Report on vaccination in Madras 1895-1903 - 1895-1903
Year: 1895
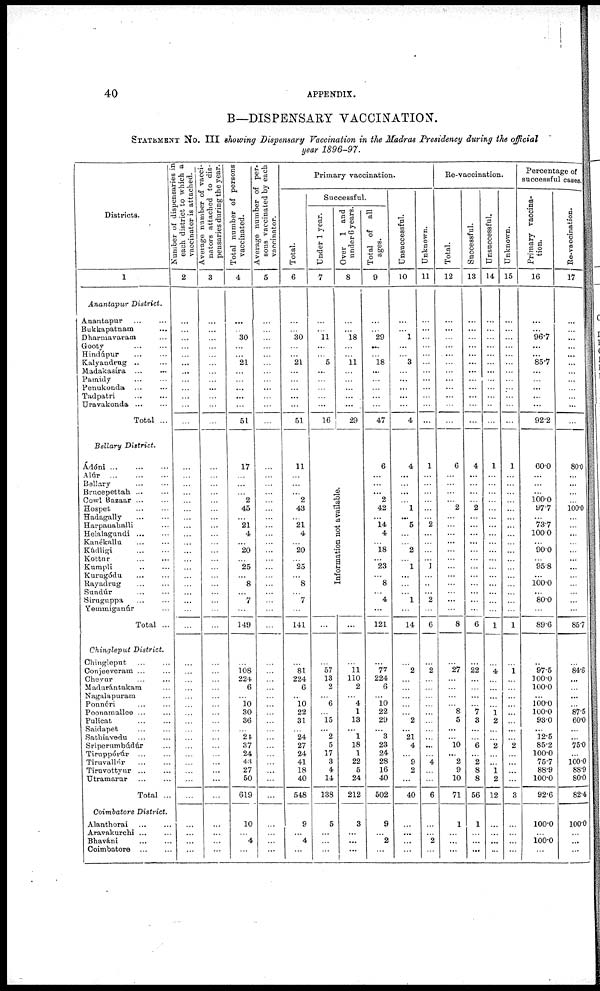
40
APPENDIX.
B—DISPENSARY VACCINATION.
STATEMENT No. III showing Dispensary Vaccination in the Madras Presidency during the official
year 1896-97.
Districts.
1
Anantapur District.
Anantapur ... ...
Bukkapatnam ...
Dharmavaram ...
Gooty ... ...
Hindúpur
...
...
Kalyandrug ... ...
Madakasía
...
...
Pamidy ... ...
Penukonda ... ...
Tadpatri
...
...
Uravakonda ... ...
Total ...
Bellary District.
Ádóni ... ... ...
Alúr
...
...
...
Bellary ... ...
Brucepettah ... ...
Cowl Bazaar ... ...
Hospet
...
...
Hadagally
...
...
Harpanahalli ...
Helalagundi ... ...
Kanékallu
...
...
Kùdligi
...
...
Kottur
...
...
Kumpli ... ...
Kurugódu
...
...
Rayadrug ... ...
Sundúr ... ... ...
Siruguppa ... ...
Yemmiganúr ...
Total ...
Chingleput District.
Chingleput ... ...
Conjeeveram ... ...
Chevur ... ...
Maduràntakam ...
Nagalapuram ...
Ponnéri ... ...
Poonamallee ... ...
Pulicat ... ...
Saidapet ... ...
Sathiavedu
...
...
Sríperumbúdúr ...
Tiruppórúr ... ...
Tiruvallúr ... ...
Tiravottyur
...
...
Utramarur
...
...
Total ...
Coimbatore District.
Alanthorai ... ...
Aravakurchi ... ...
Bhavàni ... ...
Coimbatore ... ...
Number of dispensaries in
each district to which a
vaccinator is attached.
2
...
...
...
...
...
...
...
...
...
...
...
...
...
...
...
...
...
...
...
...
...
...
...
...
...
...
...
...
...
...
...
...
...
...
...
...
...
...
...
...
...
...
...
...
...
...
...
...
...
...
...
...
Average number of vacci¬
nators attached to dis-
pensaries during the year.
3
...
...
...
...
...
...
...
...
...
...
...
...
...
...
...
...
...
...
...
...
...
...
...
...
...
...
...
...
...
...
...
...
...
...
...
...
...
...
...
...
...
...
...
...
...
...
...
...
...
...
...
...
Total number of persons
vaccinated.
4
...
...
30
...
...
21
...
...
...
...
...
51
...
17
...
...
...
2
45
...
21
4
...
20
...
25
...
8
...
7
...
149
...
108
224
6
...
10
30
36
...
24
37
24
43
27
50
619
10
...
4
...
Average number of per-
sons vaccinated by each
vaccinator.
5
...
...
...
...
...
...
...
...
...
...
...
...
...
...
...
...
...
...
...
...
...
...
...
...
...
...
...
...
...
...
...
...
...
...
...
...
...
...
...
...
...
...
...
...
...
...
...
...
...
...
...
...
Primary vaccination.
Total.
6
...
...
30
...
...
21
...
...
...
...
...
51
...
11
...
...
...
2
43
...
21
4
...
20
...
25
...
8
...
7
...
141
...
81
224
6
...
10
22
31
...
24
27
24
41
18
40
548
9
...
4
...
Successful.
Under 1 year.
7
...
...
11
...
...
5
...
...
...
...
...
16
Over 1 and
under 6 years.
8
...
...
18
...
...
11
...
...
...
...
...
29
Information not available.
...
...
57
13
2
...
6
...
15
...
2
5
17
3
4
14
138
5
...
...
...
...
...
11
110
2
...
4
1
13
...
1
18
1
22
5
24
212
3
...
...
...
Total of all
ages.
9
...
...
29
...
...
18
...
...
...
...
...
47
...
6
...
...
...
2
42
...
14
4
...
18
...
23
...
8
...
4
...
121
...
77
224
6
...
10
22
29
...
3
23
24
28
16
40
502
9
...
2
...
Unsuccessful.
10
...
...
1
...
...
3
...
...
...
...
...
4
...
4
...
...
...
...
1
...
5
...
...
2
...
1
...
...
...
1
...
14
...
2
...
...
...
...
...
2
...
21
4
...
9
2
...
40
...
...
...
...
Unknown.
11
...
...
...
...
...
...
...
...
...
...
...
...
...
1
...
...
...
...
...
...
2
...
...
...
...
1
...
...
...
2
...
6
...
2
...
...
...
...
...
...
...
...
...
...
4
...
...
6
...
...
2
...
Re-vaccination.
Total.
12
...
...
...
...
...
...
...
...
...
...
...
...
...
6
...
...
...
...
2
...
...
...
...
...
...
...
...
...
...
...
...
8
...
27
...
...
...
...
8
5
...
...
10
...
2
9
10
71
1
...
...
...
Successful.
13
...
...
...
...
...
...
...
...
...
...
...
...
...
4
...
...
...
...
2
...
...
...
...
...
...
...
...
...
...
...
...
6
...
22
...
...
...
...
7
3
...
...
6
...
2
8
8
56
1
...
...
...
Unsuccessful.
14
...
...
...
...
...
...
...
...
...
...
...
...
...
1
...
...
...
...
...
...
...
...
...
...
...
...
...
...
...
...
...
1
...
4
...
...
...
...
1
2
...
...
2
...
...
1
2
12
...
...
...
...
Unknown.
15
...
...
...
...
...
...
...
...
...
...
...
...
...
1
...
...
...
...
...
...
...
...
...
...
...
...
...
...
...
...
...
1
...
1
...
...
...
...
...
...
...
...
2
...
...
...
...
3
...
...
...
...
Percentage of
successful cases.
Primary vaccina-
tion.
16
...
...
96.7
...
...
85.7
...
...
...
...
...
92.2
...
60.0
...
...
...
100.0 97.7
...
73.7
100.0
...
90.0
...
95.8
...
100.0
...
80.0
...
89.6
...
97.5
100.0
100.0
...
100. 0
100.0
93.0
...
12.5
85.2
100.0
75.7
88.9
100.0
92.6
100.0
...
100.0
...
Re-vaccination.
17
...
...
...
...
...
...
...
...
...
...
...
...
80.0
...
...
...
...
100.0
...
...
...
...
...
...
...
...
...
...
...
...
85.7
...
84.6
...
...
...
...
87.5
60.0
...
...
75.0
...
100.0
88.9
80.0
82.4
100.0
...
...
...